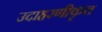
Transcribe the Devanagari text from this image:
उदाहरणीकृत